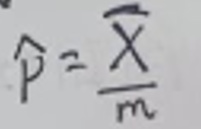
\[
\hat{p}=\frac{\overline{X}}{m}
\]